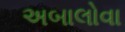
અબાલોવા